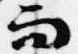
而